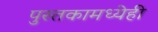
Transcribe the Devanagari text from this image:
पुस्तकामध्येही